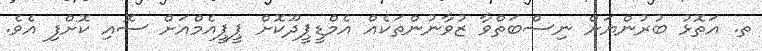
ތ. އަތޮޅު ބުރުންޔަށް ނިސްބަތްވާ ޒުވާނުންތަކެއް އެމްޑީޕީދޫކޮށް ޕީޕީއެމްއަށް ސޮއި ކޮށްފި އެވެ.